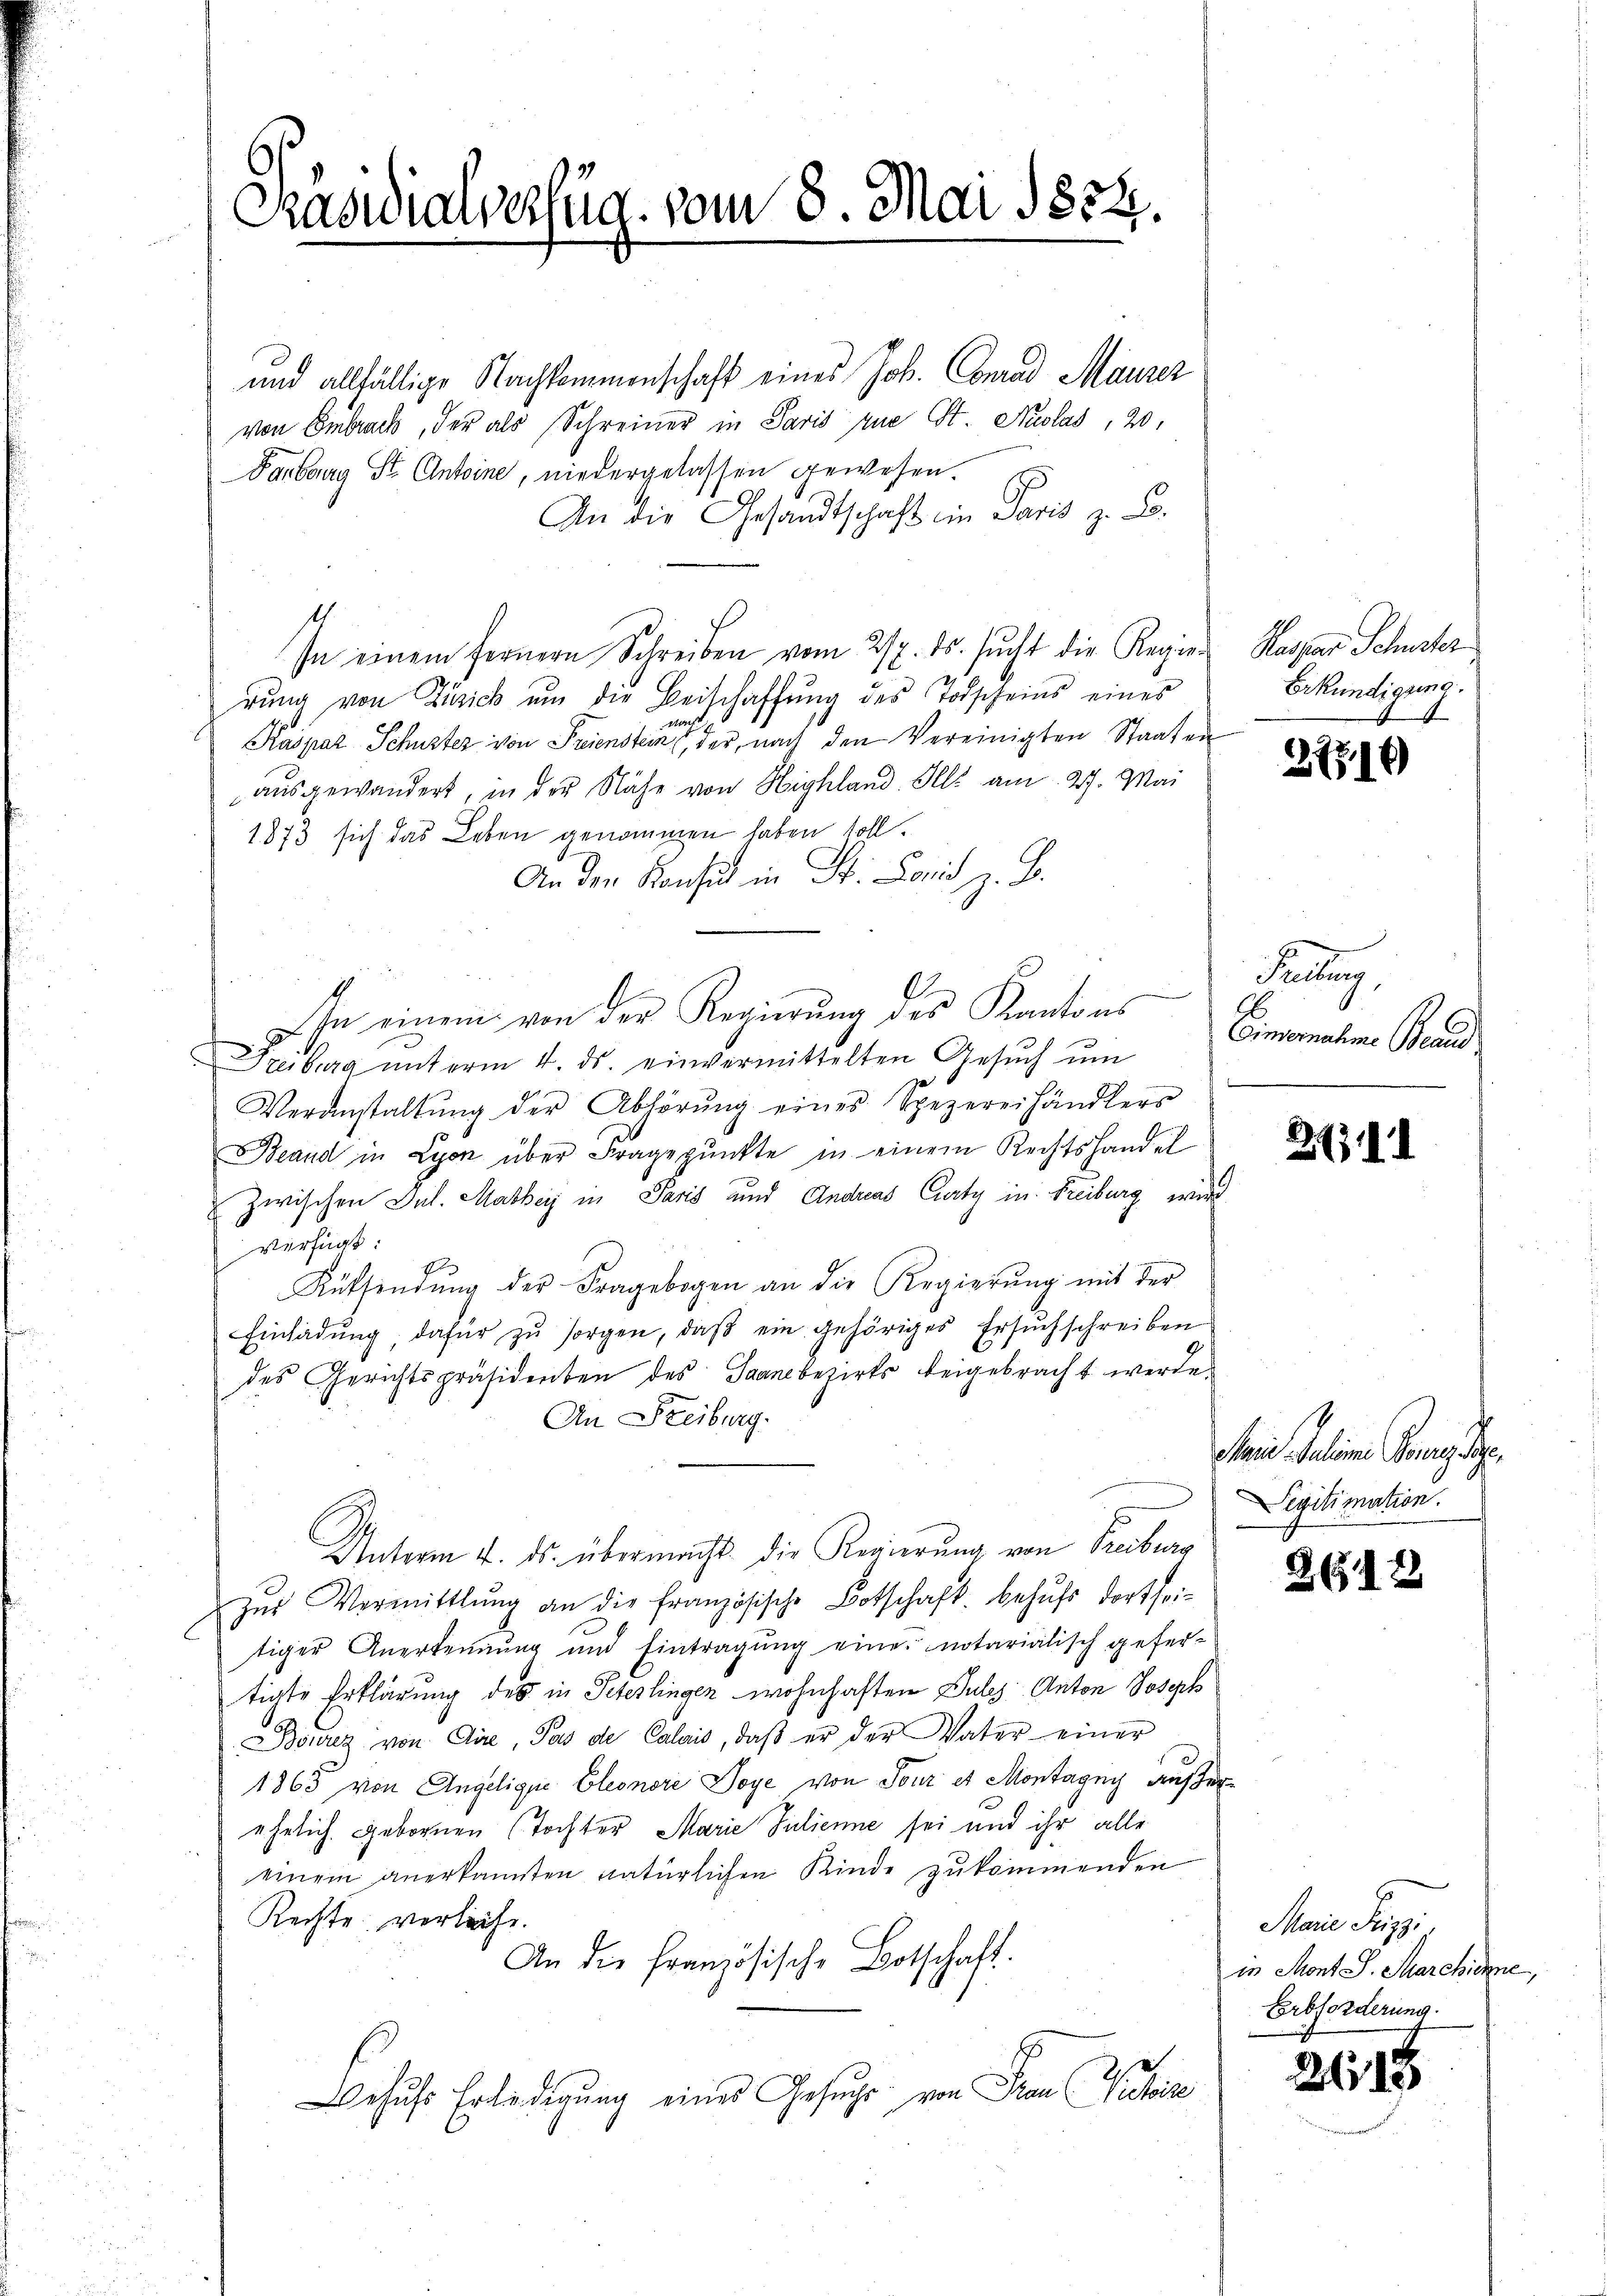
Präsidialvertig vom 8. Mai 1854.

und allfällige Nachkommenschaft eines Joh. Conrad Maurer
von Embrach, der als Schreiner in Paris zue St. Auslas, 20,
Fartburg St. Antoine, niedergelassen gewesen.
An die Gesandtschaft im Paris z. B.
In einem fernern Schreiben vom 22. ds. sucht die Regier Kaspar Schuster
rŭng von Zürich ŭm die Beischaffŭng des Todscheins eines
nach
Kaspar Schuster von Frienstein, der nach den Vereinigten Staaten
ausgewandert, in der Nähe von Highland. Illi am 27. Mai
1873 sich das Leben genommen haben soll.
An der Konsul in St. Lonis z. B.
In einem von der Regierung des Kantons
Freiburg ŭnterm 4. ds. einvermittelten Gesŭch ŭm
Veranstaltŭng der Abhörŭng eines Spezereihändlers
Brand in Lyon über Fragepunkte in einem Rechtshandel
zwischen Jul. Malheiz in Paris und Andreas Curty in Freiburg wird
verfügt:
Küffendŭng der Fragebogen an die Regierŭng mit der
Einladŭng, dafür zŭ sorgen, daβ ein gehöriges Ersuchschreiben
des Gerichtspräsidenten des Saanebezirks beigebracht werde.
An Freiburg.
Unterm 4. ds. übermacht. Die Regierung von Freiburg
zŭr Vermittlung an die französische Botschaft behŭfs dortheitiger Anerkennung und Eintragŭng eine notarialisch gefer-
tigte Erklärung des in Peterlingen wohnhaften Puls Anton Joseph
Bourez von Aire, das de Calais, daβ er der Vater einer
1863 von Angelige Eleonore Doye von Tour et Montagny außerehelich gebornen (Tochter Marie Julienne sei und ihr alle
einem anerkannten natürlichen Kinde zukommenden
Rechte verleihe.
An die französische Botschaft.
Behufs Erledigung eines Gesuche von Frau Viehiz

Erkundigung.
.

27514)

Kellen,
Eimonaten Baud

2131

Mein Juline Ganzeige
Segitimation.

2618

Marie Prinzi
in Mont J. Marchiene,
Erbforderung.

2115